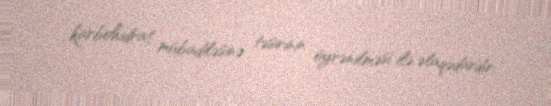
karbohidrat mübadiləsinə təsirinin öyrənilməsi ilə əlaqədardır.